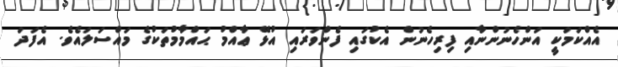
އެއްކަމަކީ އަންހެނުންނާއި ފިރިހެނުން އެކުގައި ފެންވަރައި އުޅޭ ޢާއްމު ޙައްމާމުތަކުގެ މައްސަލައެވެ. އެފަދަ